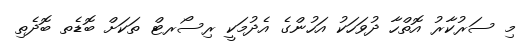
މި ސަރުކާރު އޮތްހާ ދުވަހަކު އަހުންގެ އެދުމަކީ ރިސޯރޓް ތަކަށް ބޮޑެތ ބޮދެތި